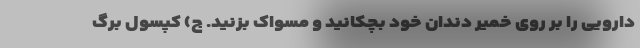
دارویی را بر روی خمیر دندان خود بچکانید و مسواک بزنید. ج) کپسول برگ